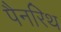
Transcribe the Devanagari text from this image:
पैनरिथ